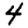
Digit: 4